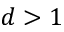
d > 1